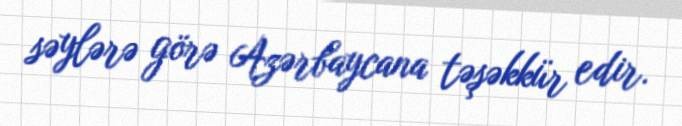
səylərə görə Azərbaycana təşəkkür edir.